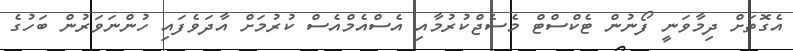
އެގޮތަށް ދިމާވަނީ ފޯނުން ޓެކްސްޓް މެސެޖްކުރުމާއި އެސްއެމްއެސް ކުރުމަށް އާދަވެފައި ހުންނަވަރުން ބަހުގެ